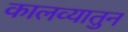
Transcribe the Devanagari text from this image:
कालव्यातुन